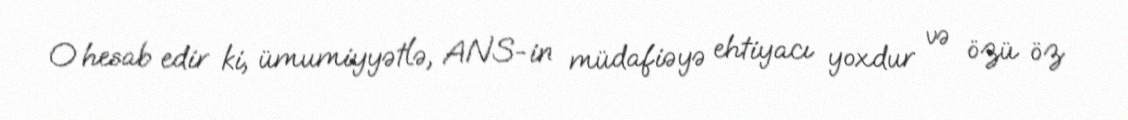
O hesab edir ki, ümumiyyətlə, ANS-in müdafiəyə ehtiyacı yoxdur və özü öz